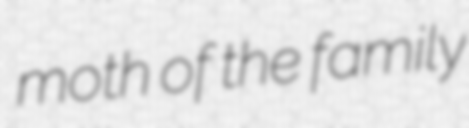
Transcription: moth of the family